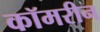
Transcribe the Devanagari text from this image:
कॉमरीन